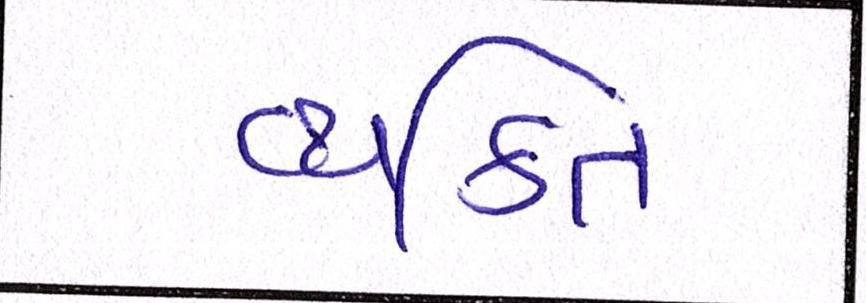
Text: વ્યક્તિ